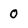
Character: 0